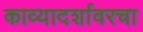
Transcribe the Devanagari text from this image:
काव्यादर्शावरचा